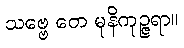
သဗ္ဗေ တေ မုနိကုဉ္ဇရာ။